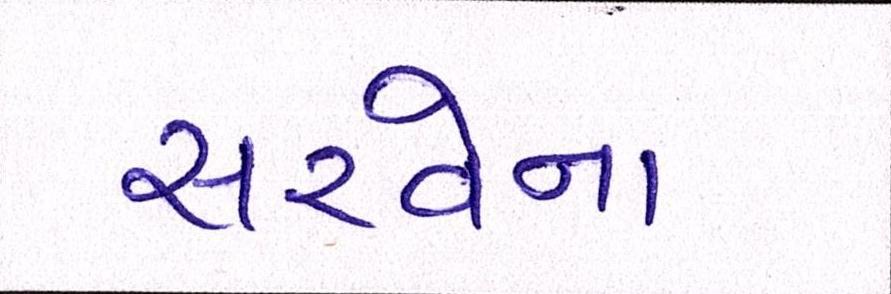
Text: સરવેના